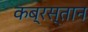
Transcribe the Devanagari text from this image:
कब्रस्‍तान